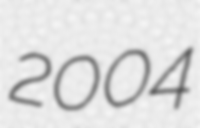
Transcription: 2004